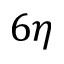
6 \eta